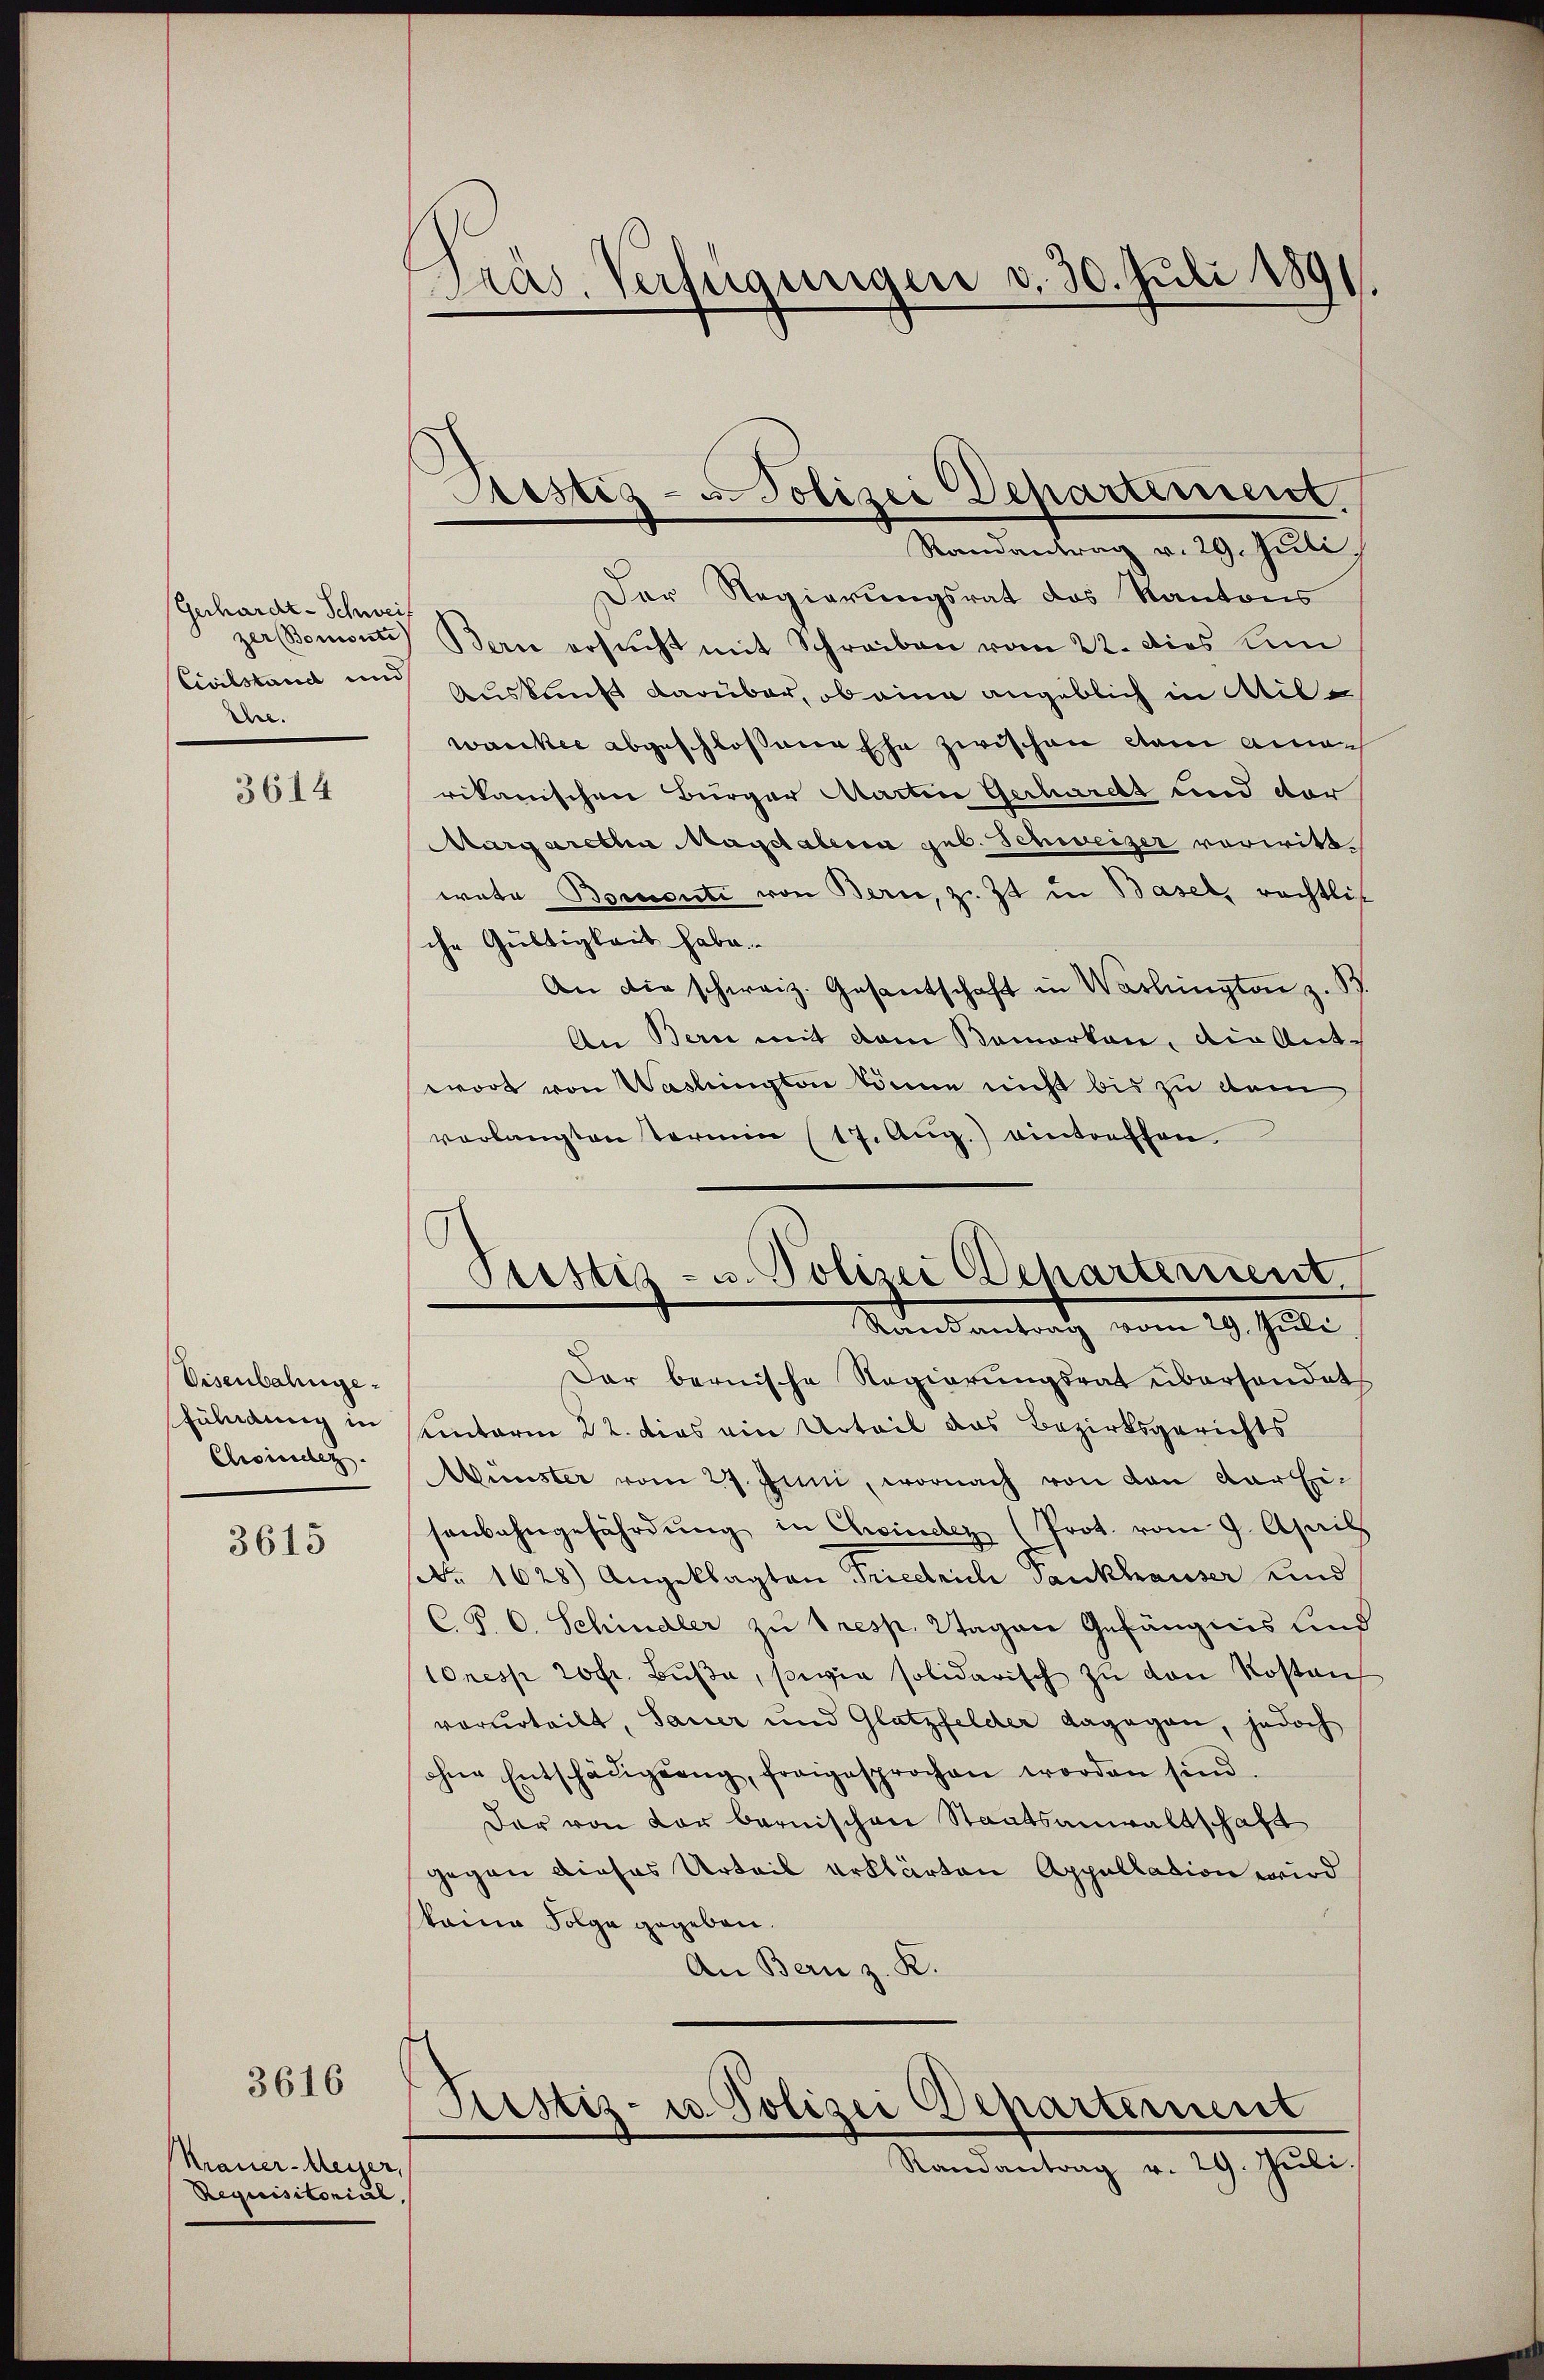
Gerhardt-Schweizer (Bomonte
Civilstand und
de.

3614

Eisenbahnge¬
Fühndung in
Choisiez.

3615

3616

Krauer-Keiser,
Requisitorial,

e
Präs. Verfügungen v. 30. Juli 1891.

Prstiz- u. Polizei Departement.

Randantrag v. 29. Juli
Der Regierungsrat das Kantons
Berne ersŭcht mit Schreiben vom 22. dies un
Auskunft darüber, ob eine angeblich in Milwacker abgeschlossene Ehe zwischen dem ainan
rikanischen Bürger Martin Gechardt und der
Margaretha Magdalena geb. Schweizer vorwittwata Borenti von Bern, zu 74 in Basel, rechtlich
che Gültigkeit habe.
An die schweiz. Gesantschaft in Washington z. B.
An Bern mit dem Samorten, die Antwort von Washington könne nicht bis zu dem
verlangten Termin (17. Aug. eintreffen.
Dar bernische Regierungsrat überhandet
einterm 22. dies ein Urteil das Bezirksgerichts
Wünster vom 27. Juni, wornach von den der Eisenbahngefährdŭng in Chinden (Prot. vom 9. April
No 1628) Angeklagten Friedrich Sankhauser und
C. P. C. Schindler zu resp. Wagen Gefängnis und
10 resp 20fr. Bŭβa, sowie solidarisch zu von Kosten
vorurteilt, Sauer und Glatzfelder dagegen, jedoch
ohne Entschädigŭng, freigesprochen worden sind.
der von vor bernischen Staatsanwaltschaft
gegen dieses Urteil erklärten Appellation wird
kaina Folge gegeben.
An Bern z. K.
Ristiz- u. Polizei Departement
Randantrag v. 29. Juli.

Peistis- u. Polizei Departement
Mansantrath vom 19. Juli